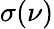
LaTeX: \sigma(\nu)